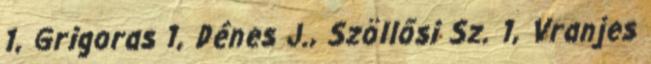
1, Grigoras 1, Dénes J., Szöllősi Sz. 1, Vranjes